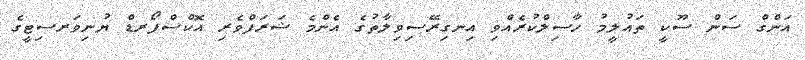
އަންގް ސަން ސޫކީ ތައުލީމު ހާސިލްކުރެއްވި އިނގިރޭސިވިލާތުގެ އެންމެ ޝަރަފްވެރި އޮކްސްފޯރޑް ޔުނިވަރސިޓީގެ